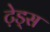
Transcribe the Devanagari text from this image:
टे़ड्स